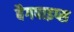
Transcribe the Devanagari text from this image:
बैगपाइप्स